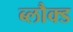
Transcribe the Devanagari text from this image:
ब्लौक्ड